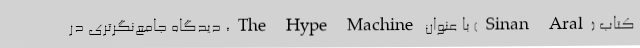
کتاب‌ (Sinan Aral) با عنوان The Hype Machine، دیدگاه جامع‌نگرتری در